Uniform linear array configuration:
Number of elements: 4
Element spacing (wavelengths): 0.75
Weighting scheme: hamming
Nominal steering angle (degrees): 60
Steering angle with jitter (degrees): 59.076
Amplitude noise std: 0.05
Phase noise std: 0.05

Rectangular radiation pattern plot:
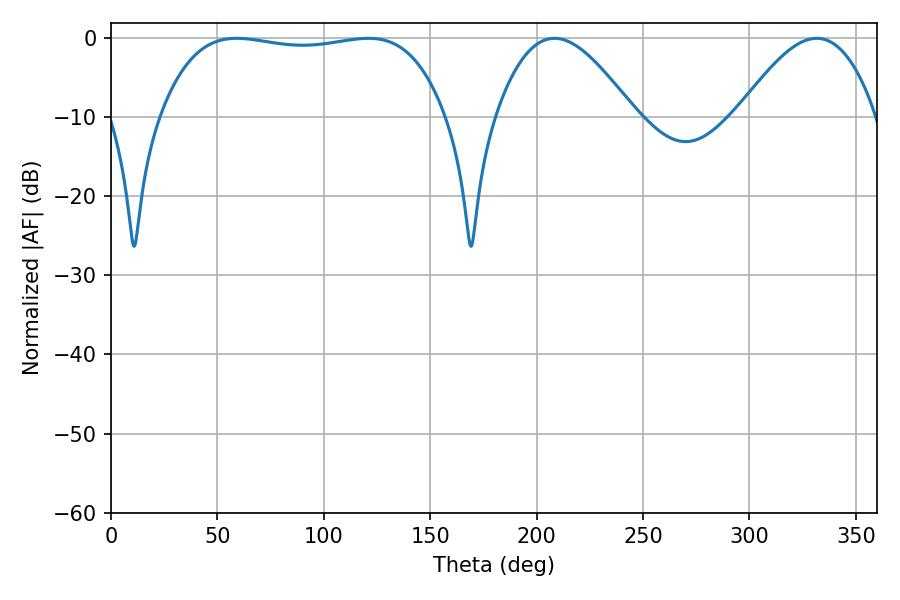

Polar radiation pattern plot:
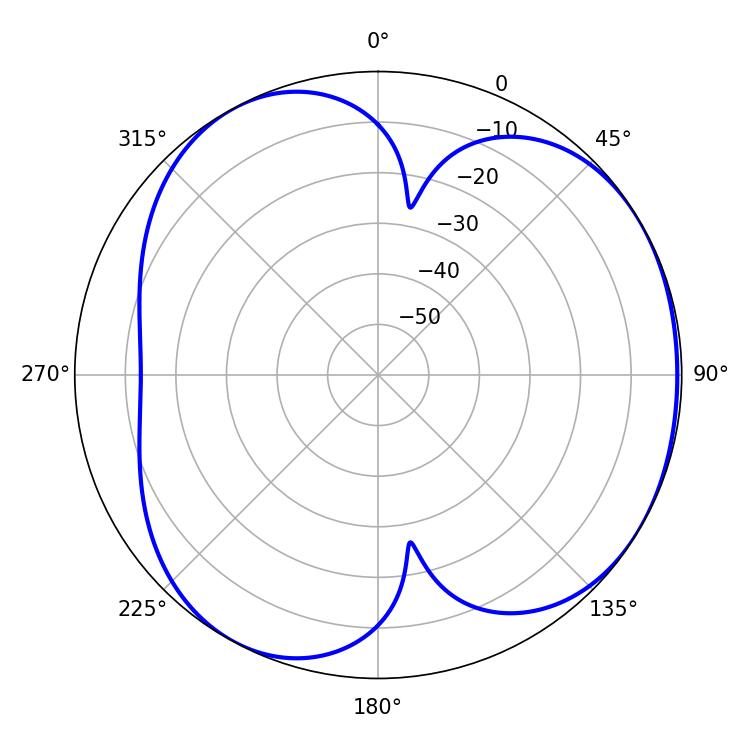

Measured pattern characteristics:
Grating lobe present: TRUE
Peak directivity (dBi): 4.107
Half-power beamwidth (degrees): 106.92
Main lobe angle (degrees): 59.04